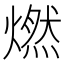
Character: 燃